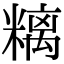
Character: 𥻿